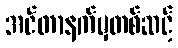
အင်တာနက်မှတစ်ဆင့်